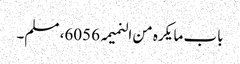
باب ما یکرہ من النمیمہ 6056، مسلم۔